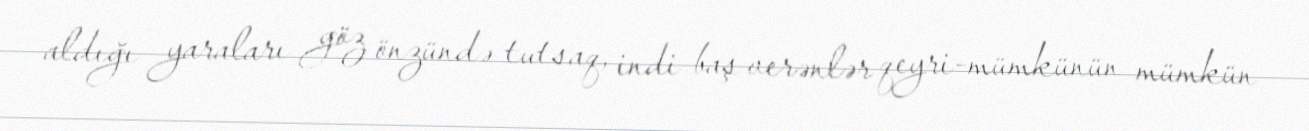
aldığı yaraları göz önzündə tutsaq, indi baş verənlər qeyri-mümkünün mümkün